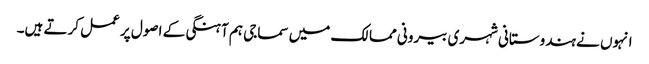
انہوں نے ہندوستانی شہری بیرونی ممالک میں سماجی ہم آہنگی کے اصول پر عمل کرتے ہیں۔